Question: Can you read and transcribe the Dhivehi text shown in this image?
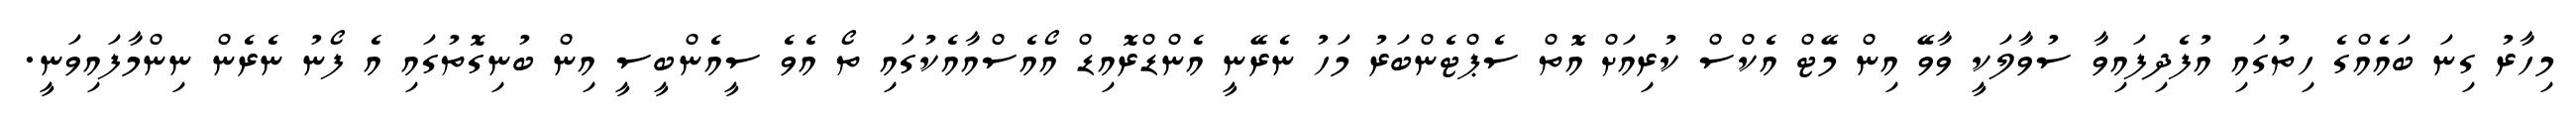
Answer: މިހާރު ގިނަ ބައެއްގެ ހިތުގައި އުފެދިފައިވާ ސުވާލަކީ ވާވޭ އިން މޭޓް އެކްސް ކުރިއަށް އޮތް ސެޕްޓެންބަރު މަހު ނެރޭނީ އެންޑްރޮއިޑް އޯއެސްއާއެކުގައި ތޯ އެވެ ސީއެންބީސީ އިން ބުނިގޮތުގައި އެ ފޯނު ނެރެން ނިންމާފައިވަނީ.